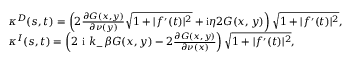
\begin{array} { r l } & { \kappa ^ { D } ( s , t ) = \left( 2 \frac { \partial G ( x , y ) } { \partial \nu ( y ) } \sqrt { 1 + | f ^ { \prime } ( t ) | ^ { 2 } } + \mathrm { i } \eta 2 G ( x , y ) \right) \sqrt { 1 + | f ^ { \prime } ( t ) | ^ { 2 } } , } \\ & { \kappa ^ { I } ( s , t ) = \left( 2 \textrm { i } k _ { - } \beta G ( x , y ) - 2 \frac { \partial G ( x , y ) } { \partial \nu ( x ) } \right) \sqrt { 1 + | f ^ { \prime } ( t ) | ^ { 2 } } , } \end{array}